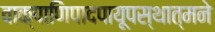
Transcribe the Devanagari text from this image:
वाक्पाणिपादपायूपस्थात्मने